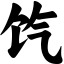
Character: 饩